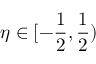
\eta \in [ - \frac { 1 } { 2 } , \frac { 1 } { 2 } )